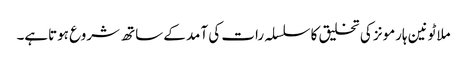
ملاٹونین ہارمونز کی تخلیق کا سلسلہ رات کی آمد کے ساتھ شروع ہوتاہے۔